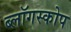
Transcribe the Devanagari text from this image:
ब्लॉगस्कोप